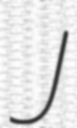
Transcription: J